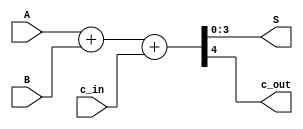
module sum4_v2(output wire[3:0] S, output wire c_out, input wire[3:0] A, input wire[3:0] B, input wire c_in);
  
  assign {c_out, S} = A + B + c_in;

  //Esto coge A en su version entera, ej= A= 0000 y B= 0000, y nos devuelve la suma de ambos mas 
  //el carry 

endmodule